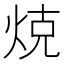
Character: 𭴨